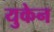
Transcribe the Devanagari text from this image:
युकेन